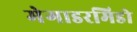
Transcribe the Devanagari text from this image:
मेगाडरमिडो